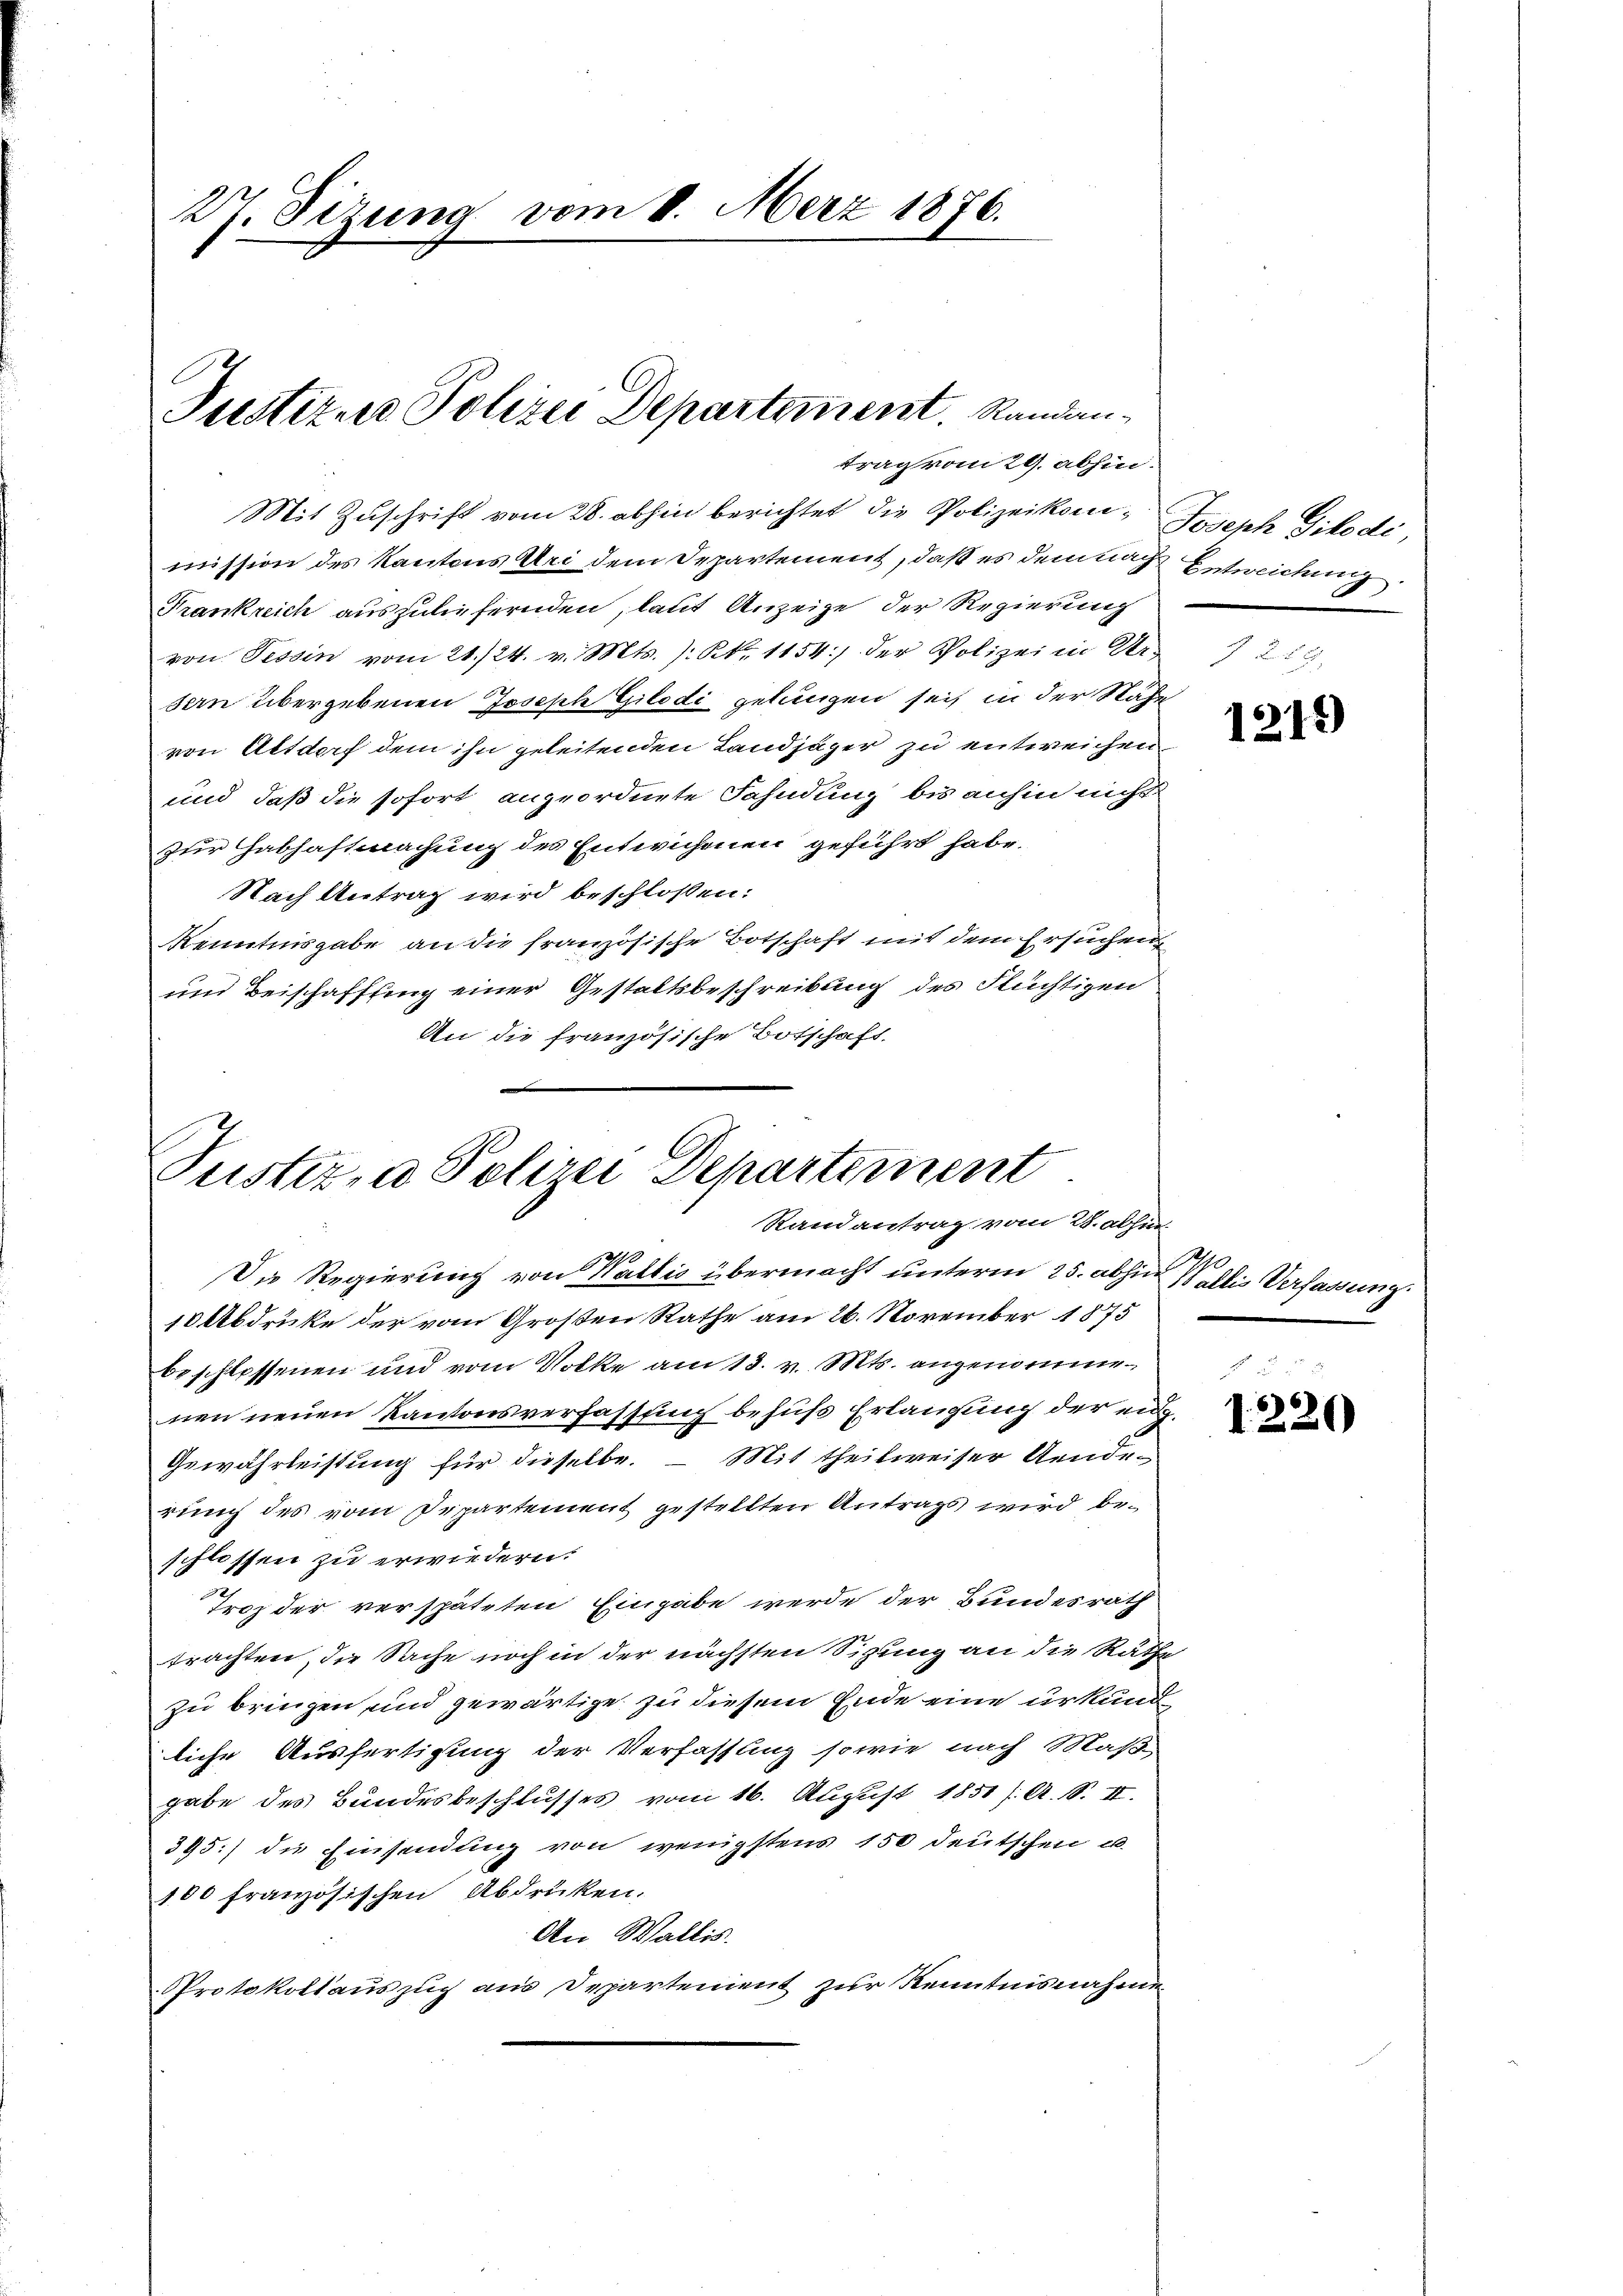
27. Sizung vom 8. März 1876.

trag vom 29. abhin.

Justizur Polizei Departement. Randan¬

Mit Zuschrift vom 28. abhin berichtet die Polizeikom- Joseph Gikodi,
mission des Kantons Uri dem Departement, daß es dem nach Entweichung
Frankreich auszuliefernden, laut Anzeige der Regierung
von Tessin vom 21./24. v. Mts. ). N. 1154) der Polizei in Ur-
sern übergebenen Joseph Gilodi gelungen sei, in der Nähe
von Altdorf dem ihn geleitenden Landjäger zu entweichen
und daß die sofort angeordnete Fahndung bis anhin nicht
zur Habhaftmachung des Entwichenen geführt habe.
Nach Antrag wird beschlossen:
Kenntnisgabe an die französische Botschaft mit dem Ersuchen
und Beischaffung einer Gestaltsbeschreibung des Flüchtigen
An die französische Botschaft,

Tustiz, u. Polizei Departement
Randantrag vom 28. abhin

Die Regierung von Wallis übermacht unterm 25. abhin Wallis Verfassung.
10 Abdruke der vom Großen Rathe am 26. November 1875
beschlossenen und vom Volke am 13. v. Mts. angenommenen neuen Kantonsverfassung befuß Erlangung der eidg¬
Gewährleistung für dieselbe. – Mit theilweiser Aende-
rung des vom Departement gestellten Antrags wird beschlossen zu erwiedern.
Troz der verspäteten Eingabe werde der Bundesrath
trachten, die Sache noch in der nächsten Sizung an die Räthe
zu bringen und gewärtige zu diesem Ende eine urkundliche Ausfertigung der Verfassung sowie nach Maß-
gabe des Bundesbeschlusses vom 16. August 1851 /A. S. II.
395:) die Einsendung von wenigstens 150 deutschen u.
100 französischen Abdrüken.
An Wallis.
Protokollauszuch aus Departement zur Kenntnisnahmen

1218)

1220